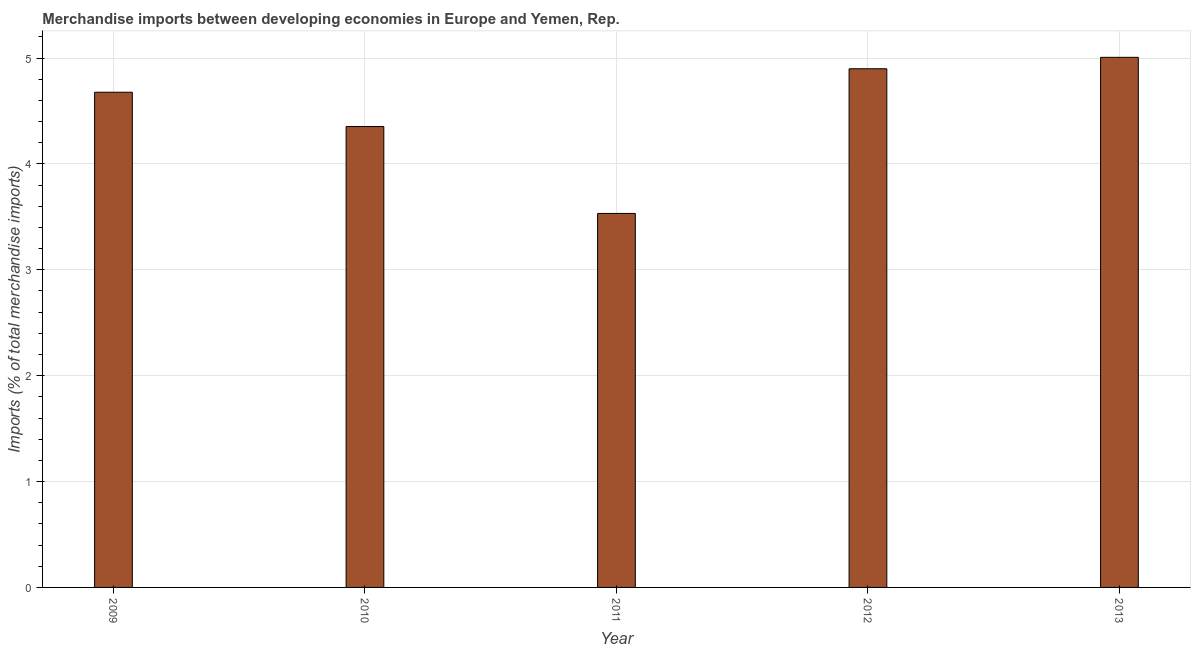
| Year | Merchandise imports |
 | --- | --- |
 | 2009 | 4.68 |
 | 2010 | 4.35 |
 | 2011 | 3.53 |
 | 2012 | 4.9 |
 | 2013 | 5.01 |